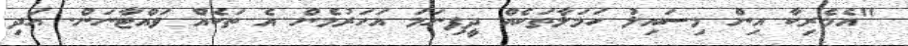
"އެމެރިކާ އިން މިސައިލު ހަމަލާތަކެއް ދީފިނަމަ އަހަރުމެން އެ ތަކެއް ވައްޓާނަން. އަދި